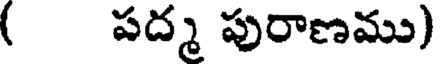
( పద్మ పురాణము)